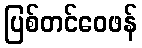
ပြစ်တင်ဝေဖန်